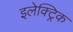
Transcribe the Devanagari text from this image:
इलेक्ट्रिक